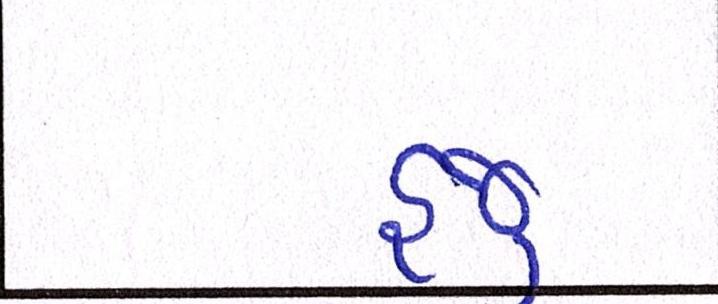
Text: હજુ